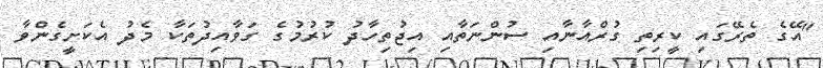
"އޭގެ ތެރޭގައި ކީރިތި ގުރްއާނާއި ސުންނަތާއި އިޖުތިހާދު ކުރުމުގެ ގަވާއިދުތަކާ މެދު އެކަށީގެންވާ